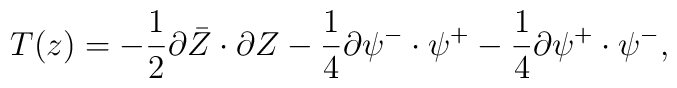
T (z) = - \frac{1}{2} \partial \bar{Z} \cdot \partial Z - \frac{1}{4} \partial{\psi}^- \cdot \psi^+ - \frac{1}{4} \partial \psi^+ \cdot {\psi}^-,\nonumber